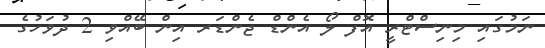
ނަމުގައި މިނިސްޓްރީ އޮފް ލޯ އެންޑް ޖެންޑަރ އިން ބޭއްވި 2 ދުވަހުގެ